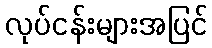
လုပ်ငန်းများအပြင်